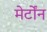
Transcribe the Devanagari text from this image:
मेर्टोंन